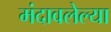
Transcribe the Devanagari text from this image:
मंदावलेल्या